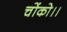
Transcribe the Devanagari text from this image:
चोंको।।